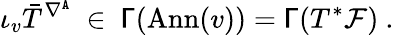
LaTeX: \iota_{v}\bar{T}^{\nabla^{\mathtt{A}}}\ \in\ \mathsf{\Gamma}(\mathrm{Ann}(v))=\mathsf{\Gamma}(T^{*}{\mathcal F})\ .